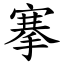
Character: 搴